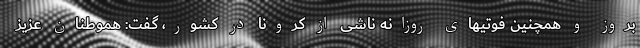
بروز و همچنین فوتیهای روزانه ناشی از کرونا در کشور، گفت: هموطنان عزیز